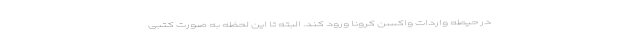
در حیطه واردات واکسن کرونا ورود کند. البته تا این لحظه به صورت کتبی